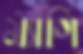
ম্যাগি